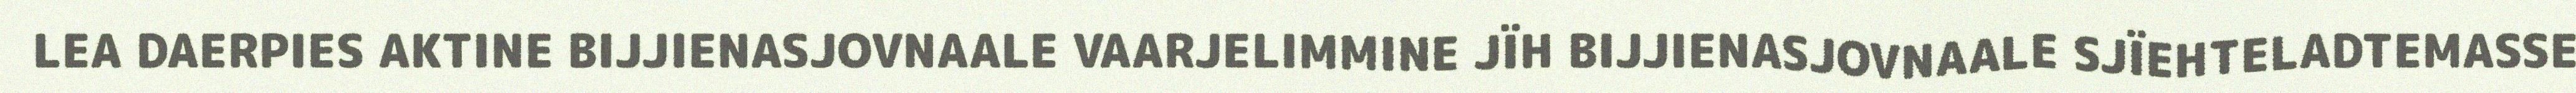
LEA DAERPIES AKTINE BIJJIENASJOVNAALE VAARJELIMMINE JÏH BIJJIENASJOVNAALE SJÏEHTELADTEMASSE